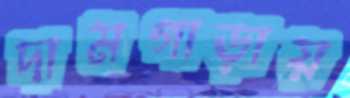
দামগাড়ায়